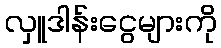
လှူဒါန်းငွေများကို